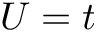
U = t